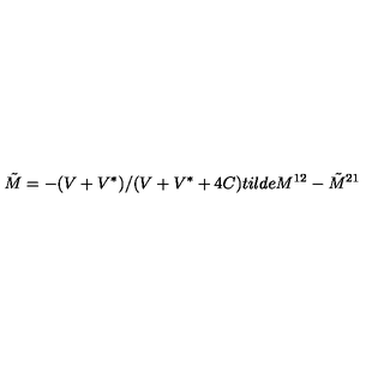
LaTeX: \tilde { M } = - ( V + V ^ { * } ) / ( V + V ^ { * } + 4 C ) t i l d e { M } ^ { 1 2 } - \tilde { M } ^ { 2 1 }